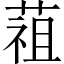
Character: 䔃